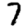
Digit: 7